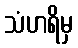
သံဟရိမှ